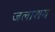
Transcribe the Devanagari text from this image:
जलाश्‍ाय